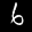
Label: 6